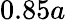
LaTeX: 0.85a